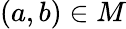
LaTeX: (a,b)\in M